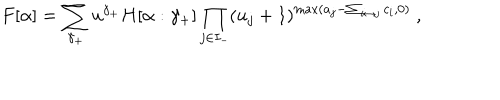
LaTeX: F [ \alpha ] = \sum _ { \gamma _ { + } } u ^ { \gamma _ { + } } H [ \alpha : \gamma _ { + } ] \prod _ { j \in I _ { - } } ( u _ { j } + 1 ) ^ { \max ( a _ { j } - \sum _ { i \leftrightarrow j } c _ { i } , 0 ) } \ ,